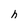
Character: h